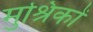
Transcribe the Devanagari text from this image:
मुश्रिकों